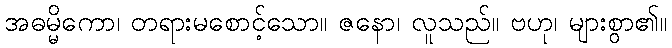
အဓမ္မိကော၊ တရားမစောင့်သော။ ဇနော၊ လူသည်။ ဗဟု၊ များစွာ၏။